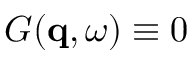
G ( \mathbf { q } , \omega ) \equiv 0